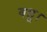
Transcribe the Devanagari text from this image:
बहू।